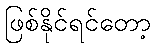
ဖြစ်နိုင်ရင်တော့